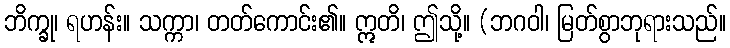
ဘိက္ခု၊ ရဟန်း။ သက္ကာ၊ တတ်ကောင်း၏။ ဣတိ၊ ဤသို့။ (ဘဂဝါ၊ မြတ်စွာဘုရားသည်။